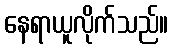
နေရာယူလိုက်သည်။